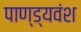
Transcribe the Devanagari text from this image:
पाण्ड्यवंश